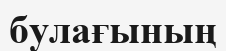
булағының